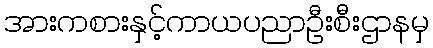
အားကစားနှင့်ကာယပညာဦးစီးဌာနမှ